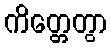
ကိတ္တေတွာ